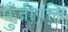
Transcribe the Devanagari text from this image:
पुँजीपति